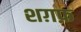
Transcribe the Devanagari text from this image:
शग़फ़